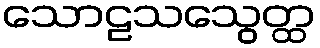
သောဠသသွေတ္ထ